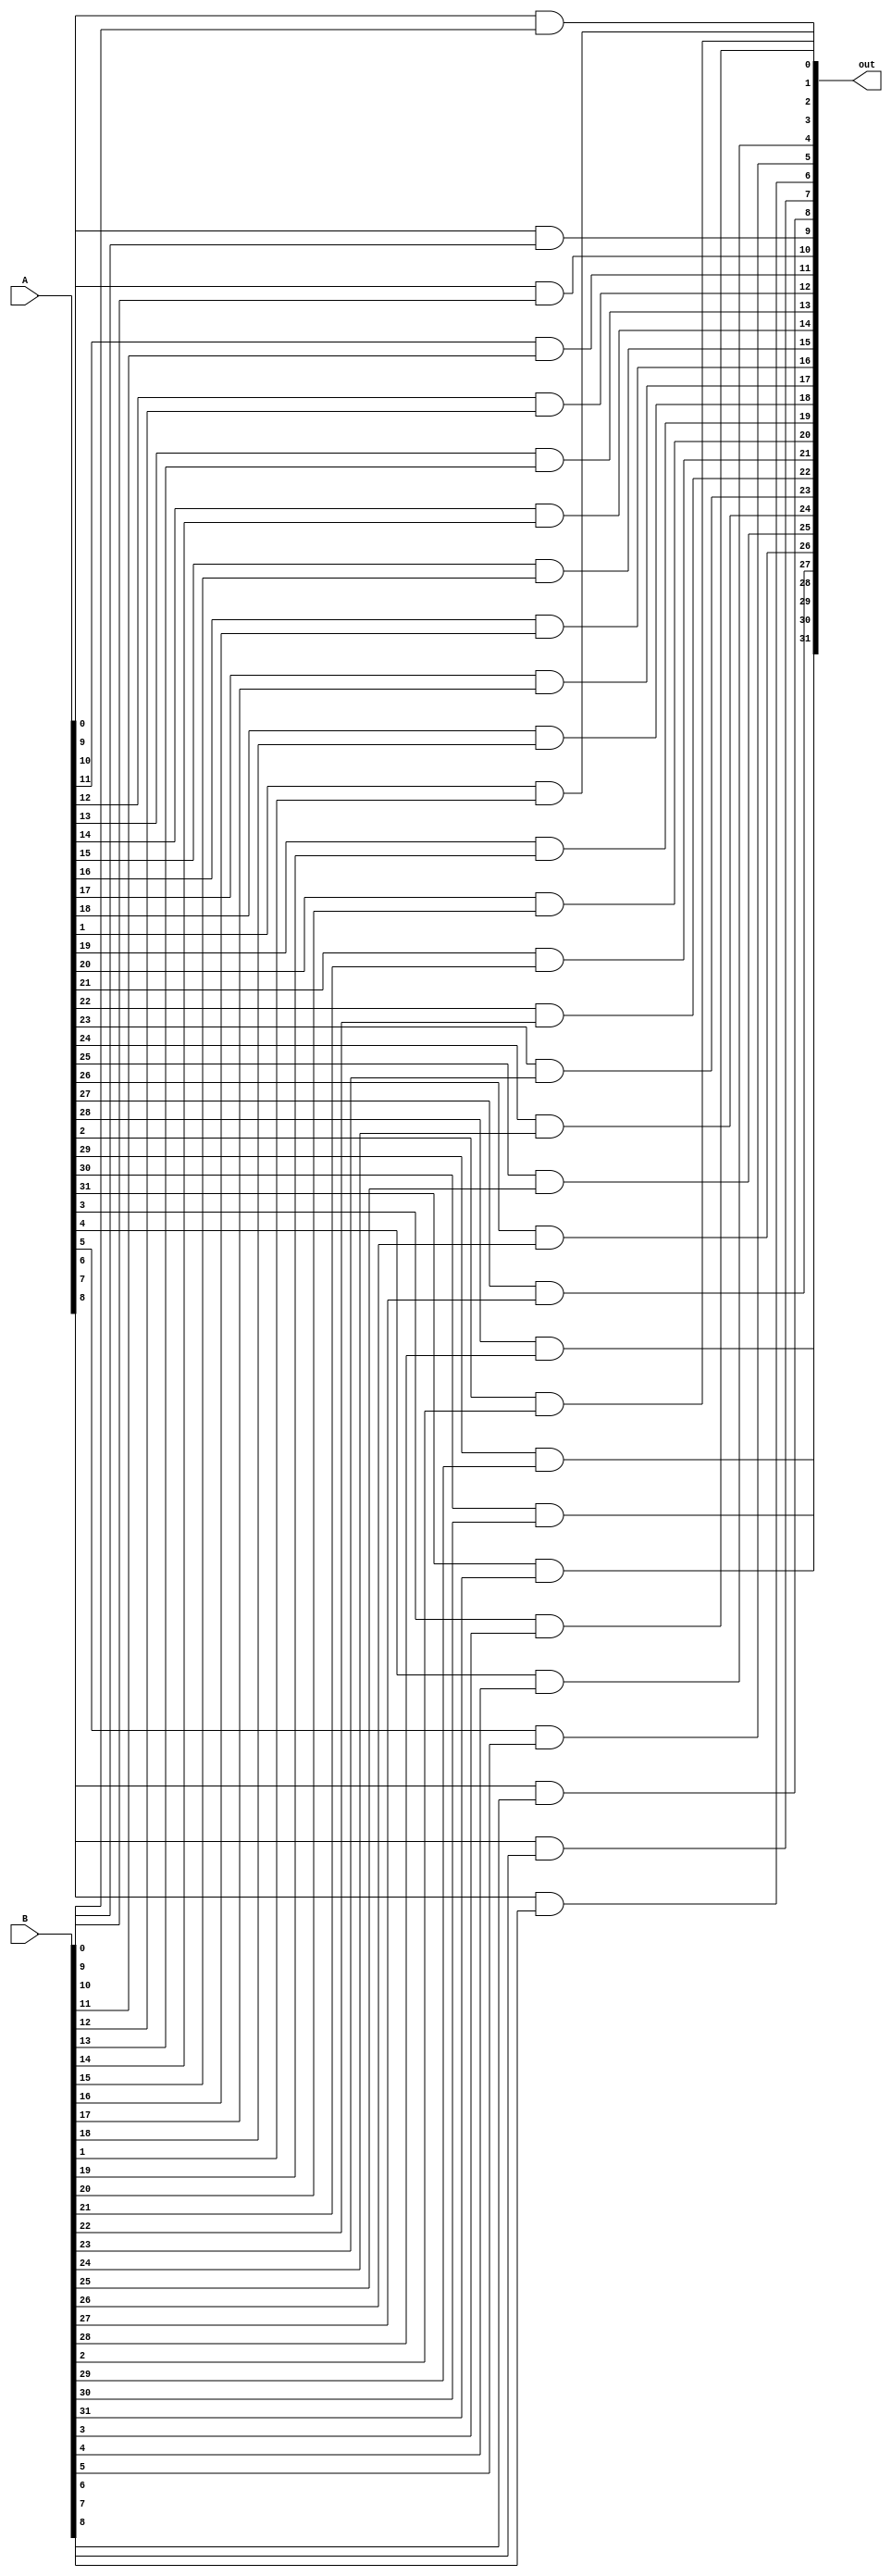
module and_32(A, B, out);
        
    input [31:0] A, B;
    output [31:0] out;

    genvar c;

    generate
        for (c = 0; c <= 31; c = c + 1) begin: loop1
            and and_1bit(out[c], A[c], B[c]);
        end
    endgenerate
endmodule